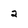
Character: 2